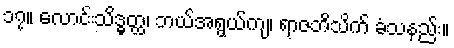
၁၇။ လောင်းသိဒ္ဓတ္ထ၊ ဘယ်အရွယ်ကျ၊ ရာဇဘိသိက် ခံသနည်း။